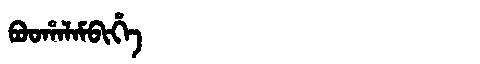
Manchu: ᠪᠣᠣᡥᠠᠯᠠᠮᠪᡳᡥᡝ
Romanization: BOOHALAMBIHE